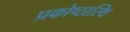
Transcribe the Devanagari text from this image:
प्रकोष्ठास्थि